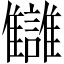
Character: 讎